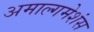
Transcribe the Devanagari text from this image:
अमाल्गमेशंस